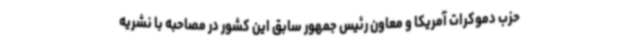
حزب دموکرات آمریکا و معاون رئیس جمهور سابق این کشور در مصاحبه با نشریه